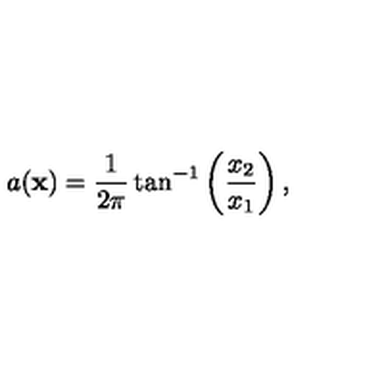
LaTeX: a ( { \bf x } ) = \frac { 1 } { 2 \pi } \tan ^ { - 1 } \left( \frac { x _ { 2 } } { x _ { 1 } } \right) ,